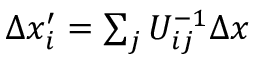
\begin{array} { r } { \Delta x _ { i } ^ { \prime } = \sum _ { j } U _ { i j } ^ { - 1 } \Delta x } \end{array}